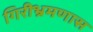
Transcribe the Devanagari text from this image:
गिरीभ्रमणास